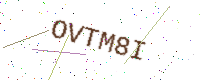
Text: OVTM8I